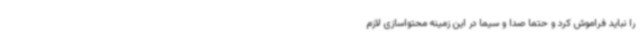
را نباید فراموش کرد و حتماً صدا و سیما در این زمینه محتواسازی لازم